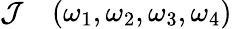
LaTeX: \begin{array}{rl}{\mathcal{J}}&{{}(\omega_{1},\omega_{2},\omega_{3},\omega_{4})}\end{array}